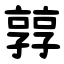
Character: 㝇